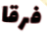
فرقا